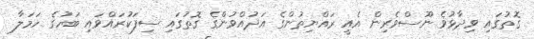
ގޮތުގައި ވިދާޅުވެ ނޫސްވެރިން އެއީ ރައްޔިތުންގެ އަދުއްވުންގެ ގޮތުގައި ސިފަކުރައްވައި ބަހުގެ ހަމަލާ